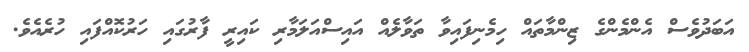
އަބަދުވެސް އެންމެންގެ ޒިންމާތައް ހިމެނިފައިވާ ތަވާލެއް އައިސްއަލަމާރި ކައިރީ ފާރުގައި ހަރުކޮއްފައި ހުރެއެވެ.